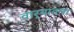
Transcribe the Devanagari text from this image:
वार्‍यातला